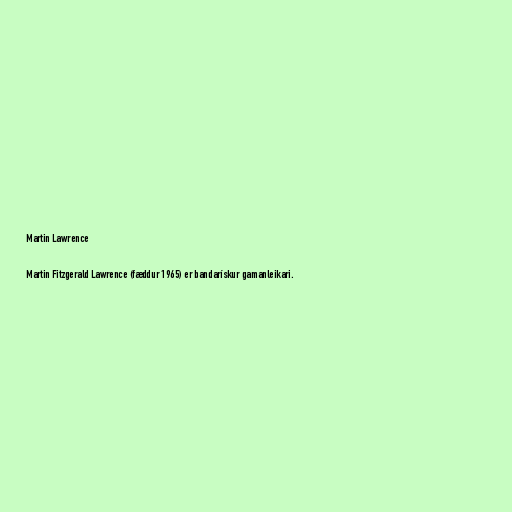
Martin Lawrence

Martin Fitzgerald Lawrence (fæddur 1965) er bandarískur gamanleikari.